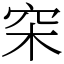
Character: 穼